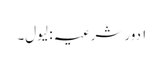
۱ دور شرعیہ : لیول۔